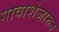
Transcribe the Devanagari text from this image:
गावाशेजारुन